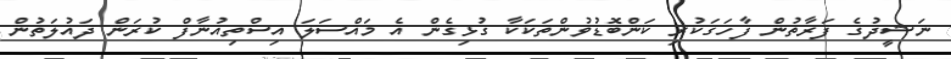
ނަޝީދުގެ ފަރާތުން ފާހަގަކުރި ކަންބޮޑުވުންތަކަކާ ގުޅިގެން އެ މައްސަލަ އިސްތިއުނާފް ކުރަން ދައުލަތުން